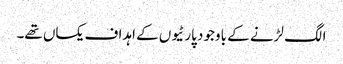
الگ لڑنے کے باوجود پارٹیوں کے اہداف یکساں تھے۔